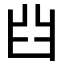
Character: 𦥒